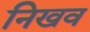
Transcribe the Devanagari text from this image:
निखव